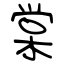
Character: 棠